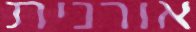
אורנית